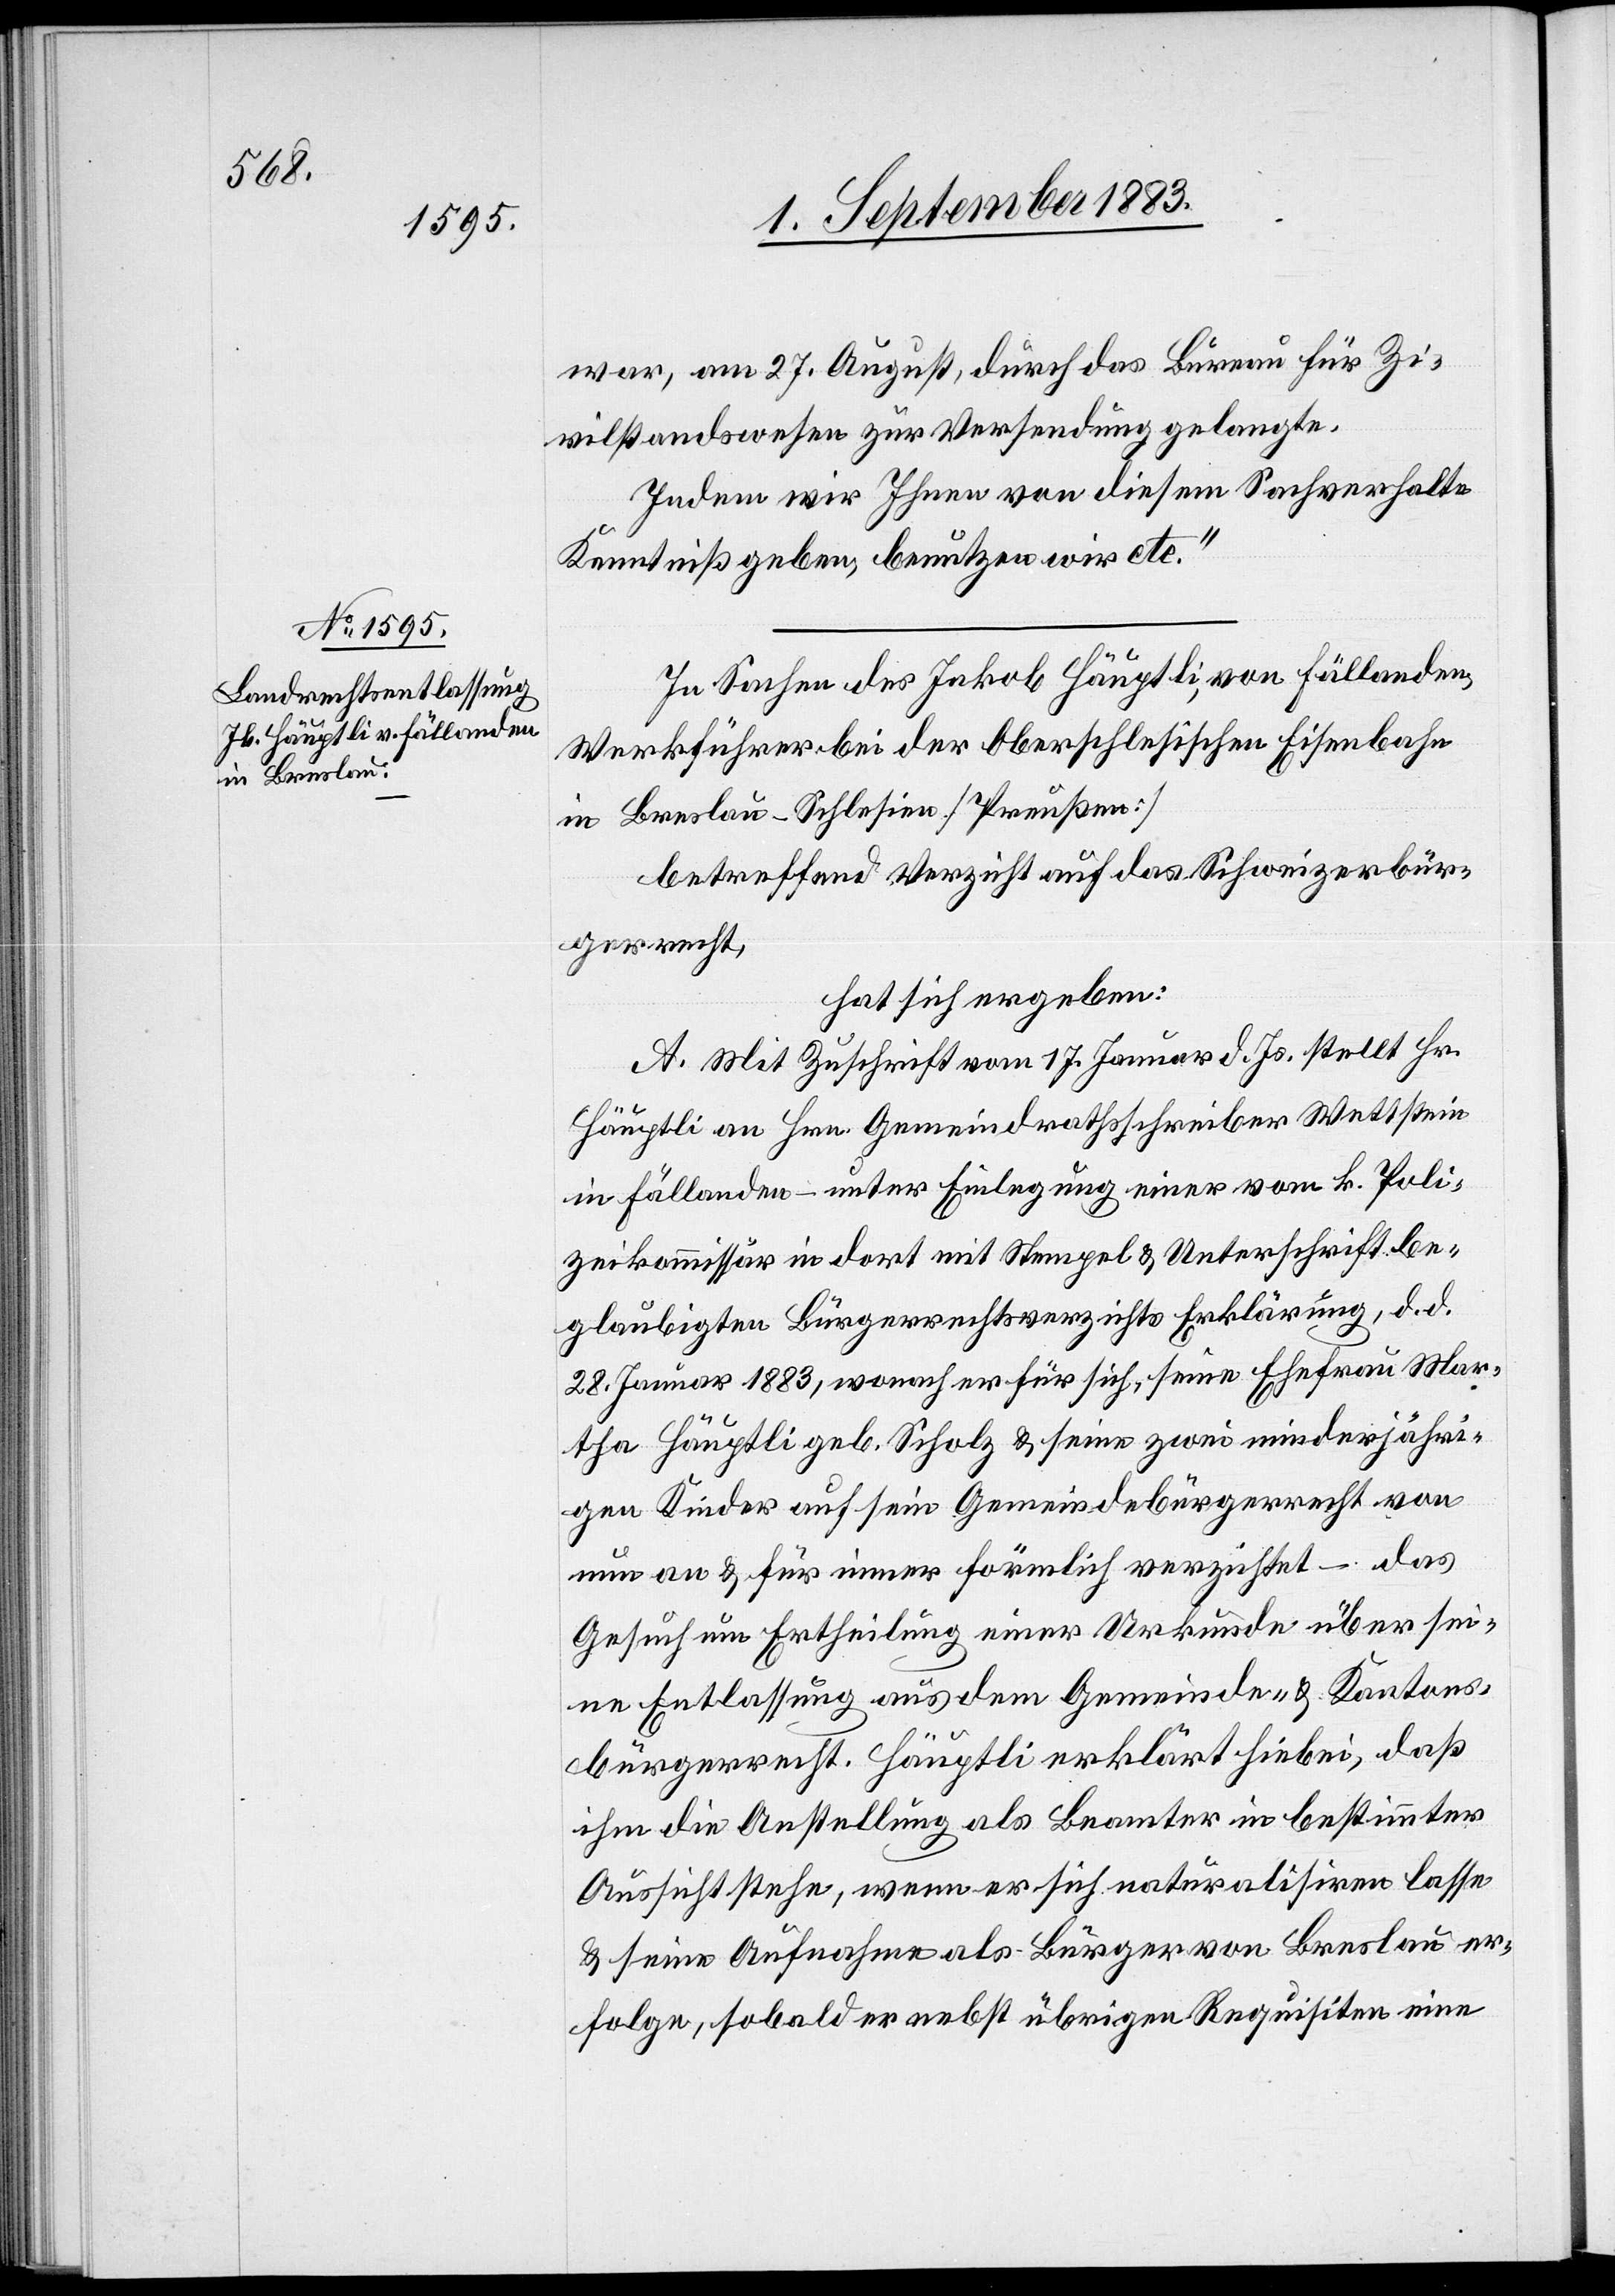
war, am 27. August, durch das Bureau für Zi¬
vilstandswesen zur Versendung gelangte.
Indem wir Ihnen von diesem Sachverhalte
Kenntniß geben, benutzen wir etc.“
In Sachen des Jakob Häuptli, von Fällanden,
Werkführer bei der Oberschlesischen Eisenbahn
in Breslau - Schlesien [Preußen][,]
betreffend Verzicht auf das Schweizerbür¬
gerrecht,
hat sich ergeben:
A. Mit Zuschrift vom 17. Januar d. Js. stellt Hr.
Häuptli an Hrn. Gemeindrathsschreiber Wettstein
in Fällanden – unter Einlegung einer vom k. Poli¬
zeikommissär in dort mit Stempel & Unterschrift be¬
glaubigten Bürgerrechtsverzichts[-]Erklärung, d. d.
28. Januar 1883, wonach er für sich, seine Ehefrau Mar¬
tha Häuptli geb. Scholz & seine zwei minderjähri¬
gen Kinder auf sein Gemeindebürgerrecht von
nun an & für immer förmlich verzichtet – das
Gesuch um Ertheilung einer Urkunde über sei¬
ne Entlassung aus dem Gemeinde- & Kantons¬
bürgerrecht. Häuptli erklärt hiebei, daß
ihm die Anstellung als Beamter in bestimmter
Aussicht stehe, wenn er sich naturalisiren lasse
& seine Aufnahme als Bürger von Breslau er¬
folge, sobald er nebst übrigen Requisiten eine